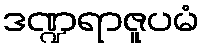
ဒဏ္ဍရာဇူပမံ